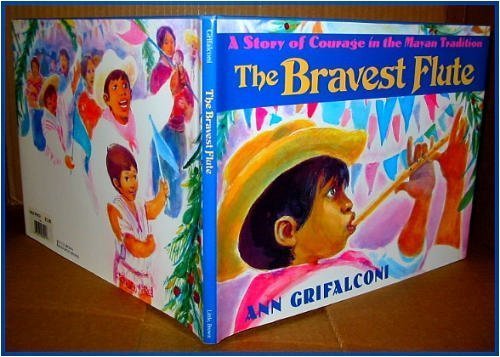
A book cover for The Bravest Flute: A Story of Courage in the Mayan Tradition; Ann Grifalconi; Children's Books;